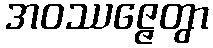
အဝဿဇ္ဇေတွာ